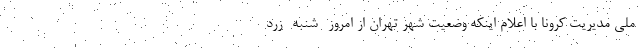
ملی مدیریت کرونا با اعلام اینکه وضعیت شهر تهران از امروز -شنبه- زرد